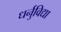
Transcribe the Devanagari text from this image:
धर्नुविद्या